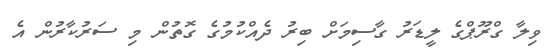
ވިލާ ގްރޫޕްގެ ލީޑަރު ގާސިމަށް ބިރު ދެއްކުމުގެ ގޮތުން މި ސަރުކާރުން އެ